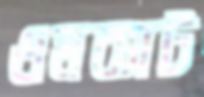
ওমব্যাট